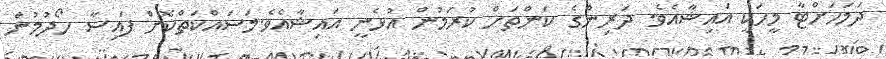
ދަމަހަށްޓާ މީހަކީ އައިޝާއެވެ. ދަރިންގެ ކަންތަށް ކުރަމުން އުޅެނީ އައިޝާއެވެ.މަސައްކަތްކޮށް ފައިސާ ހޯދުމުން